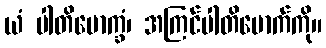
ယံ ပါတိမောက္ခံ၊ အကြင်ပါတိမောက်ကို။